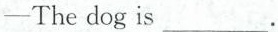
—The dog is___.